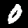
Digit: 0